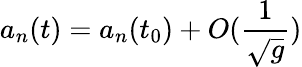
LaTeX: a_{n}(t)=a_{n}(t_{0})+O(\frac{1}{\sqrt{g}})